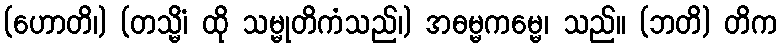
(ဟောတိ၊) (တသ္မိံ၊ ထို သမ္မုတိကံသည်၊) အဓမ္မကမ္မေ၊ သည်။ (ဘတိ) တိက